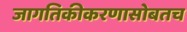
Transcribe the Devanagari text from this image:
जागतिकीकरणासोबतच